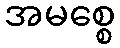
အမစ္စေ